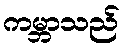
ကမ္ဘာသည်